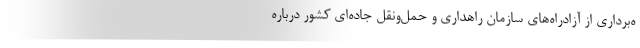
ه‌برداری از آزادراه‌های سازمان راهداری و حمل‌ونقل جاده‌ای کشور درباره